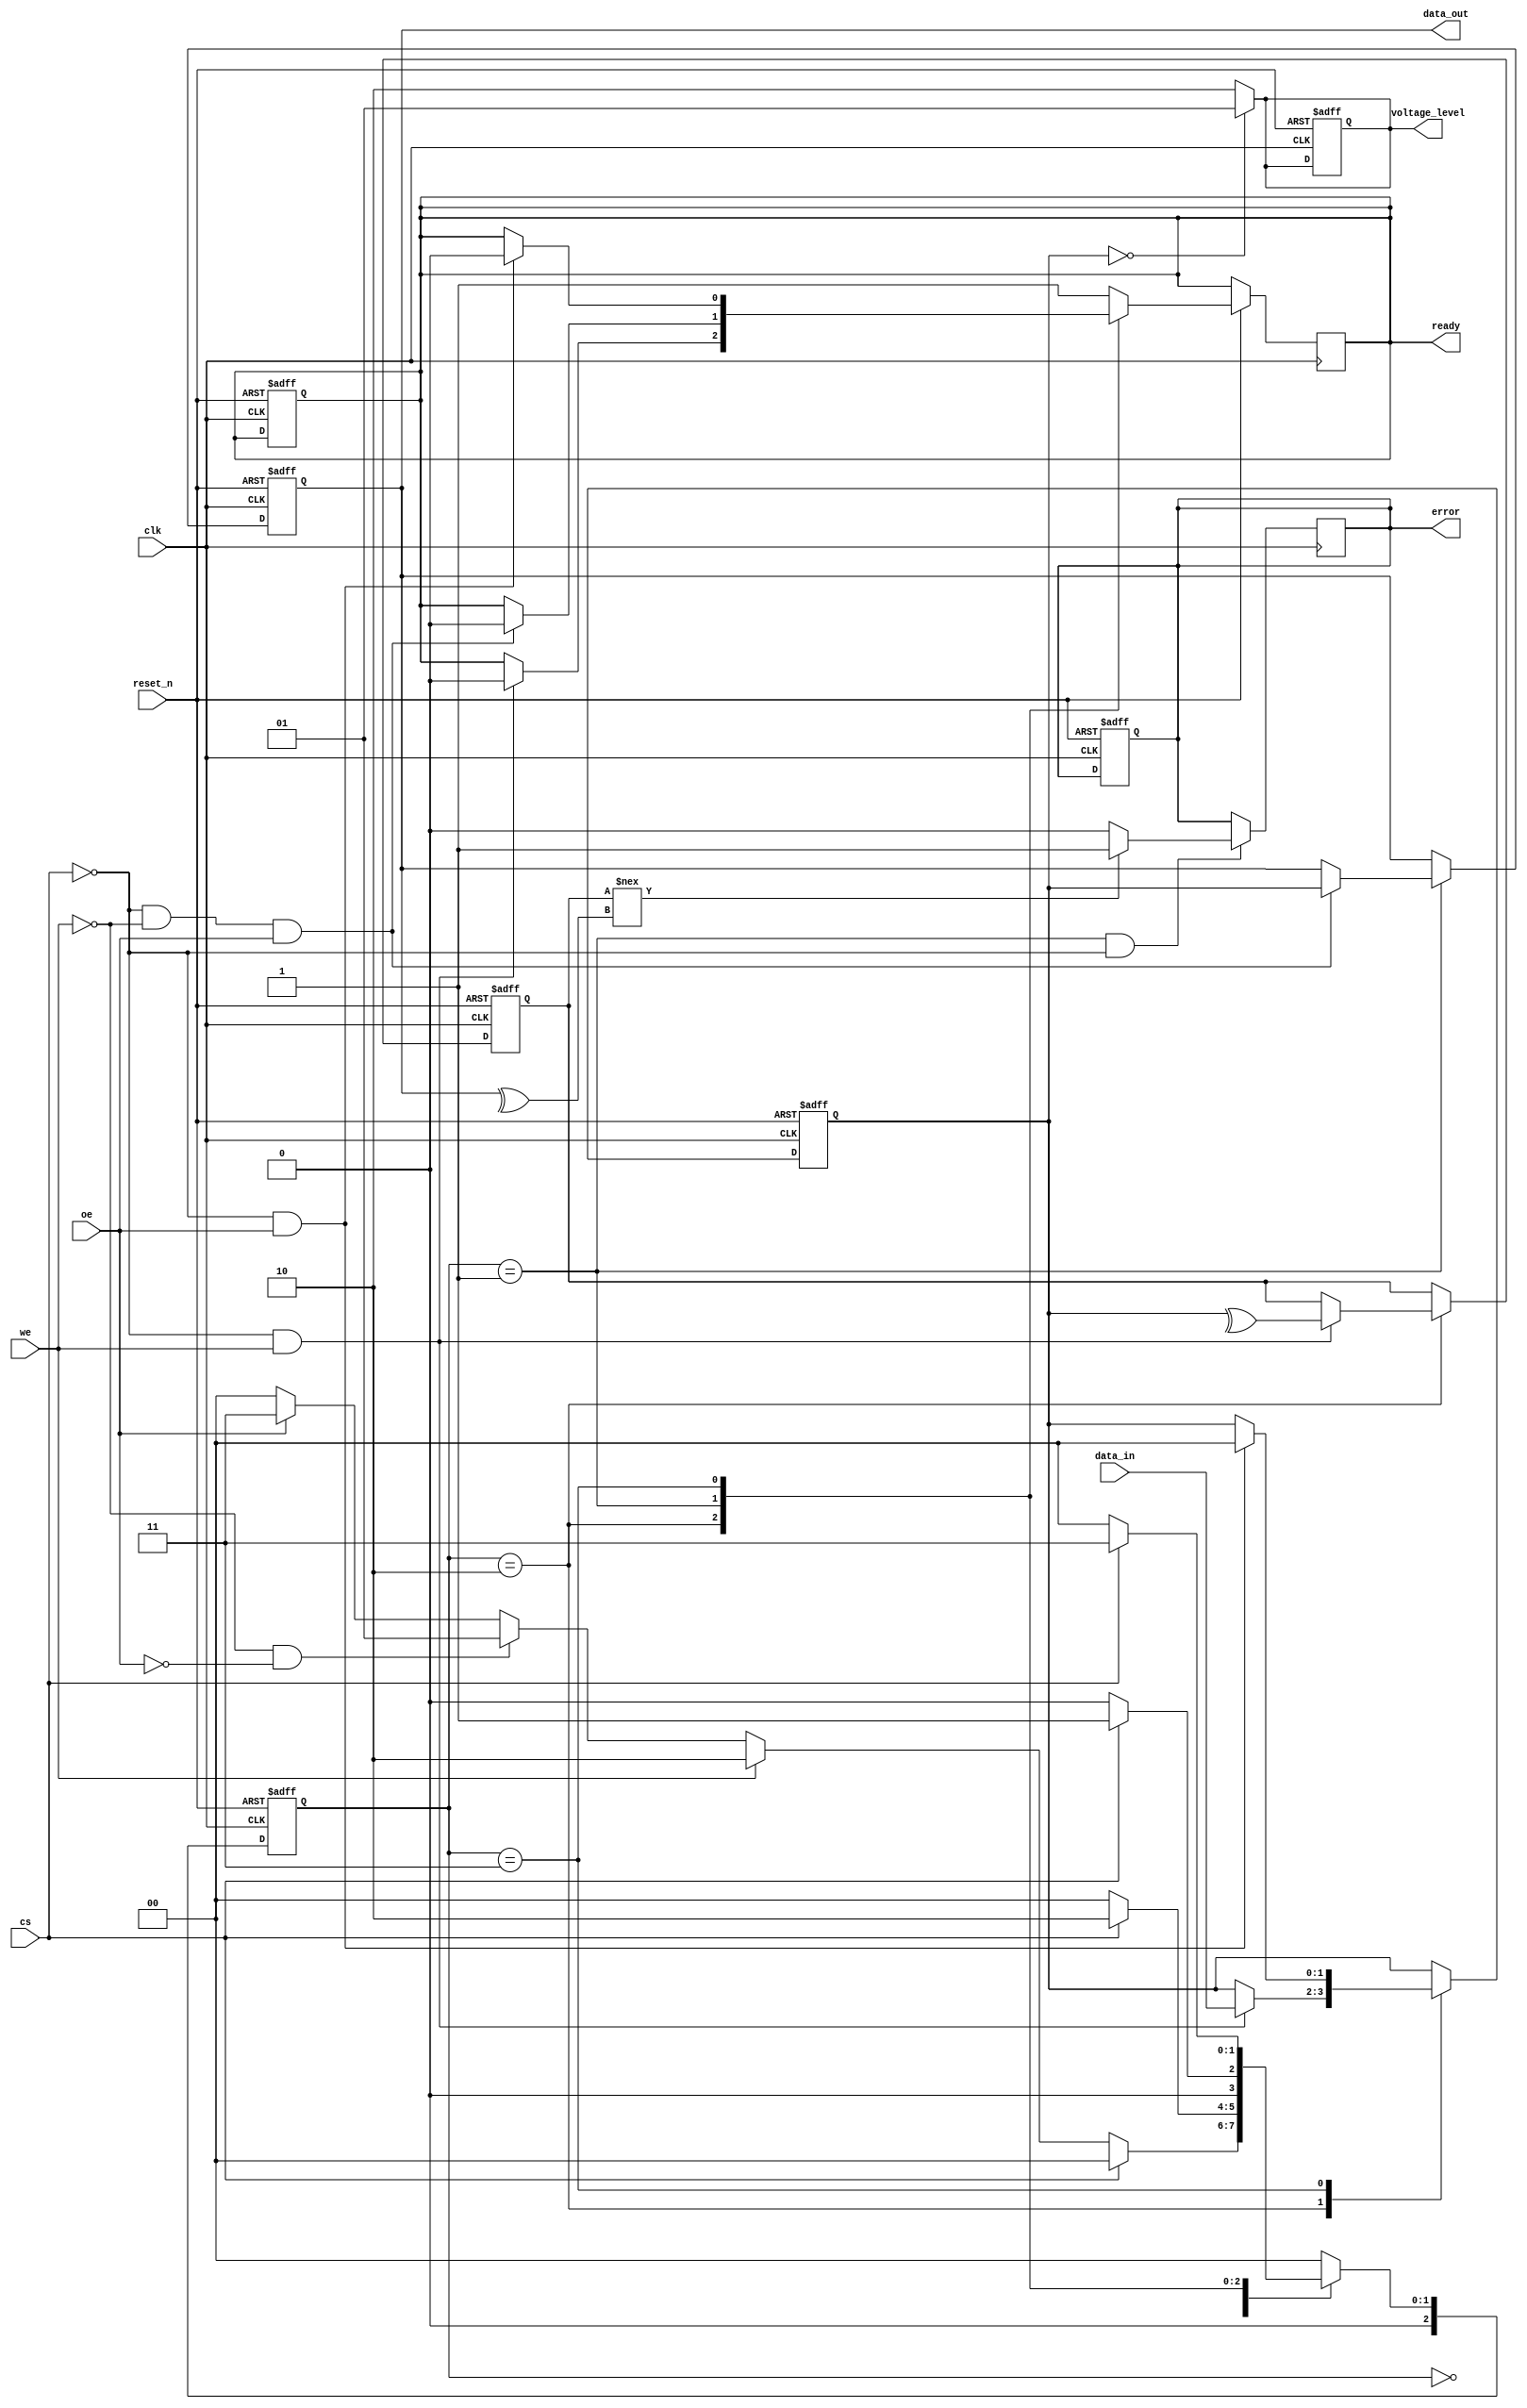
module dlc_eeprom_io (
    input wire clk,                  // System clock
    input wire reset_n,              // Active low reset
    input wire cs,                   // Chip Select
    input wire we,                   // Write Enable
    input wire oe,                   // Output Enable
    input wire [1:0] data_in,       // Data Input (2 levels)
    output reg [1:0] data_out,       // Data Output (2 levels)
    output reg ready,                // Ready signal for the operation
    output reg error,                // Error signal for data integrity
    output reg [1:0] voltage_level   // Voltage level output for shifting
);

    reg [2:0] state;                 // FSM state
    reg [2:0] next_state;            // Next state
    reg [1:0] data_buffer;           // Buffer for data
    reg parity_bit;                  // Parity bit for error detection

    localparam IDLE = 3'b000,
               READ = 3'b001,
               WRITE = 3'b010,
               ERASE = 3'b011;

    // FSM for controlling operations
    always @(posedge clk or negedge reset_n) begin
        if (!reset_n) begin
            state <= IDLE;
            ready <= 1'b1;
            error <= 1'b0;
        end else begin
            state <= next_state;
        end
    end

    // Next state logic
    always @(*) begin
        case (state)
            IDLE: begin
                if (!cs) begin
                    if (we) next_state = WRITE;
                    else if (!we && !oe) next_state = READ;
                    else if (oe) next_state = ERASE;
                    else next_state = IDLE;
                end else begin
                    next_state = IDLE;
                end
            end
            WRITE: begin
                if (!cs) next_state = IDLE; // Write operation done
                else next_state = WRITE;
            end
            READ: begin
                if (!cs) next_state = IDLE; // Read operation done
                else next_state = READ;
            end
            ERASE: begin
                if (!cs) next_state = IDLE; // Erase operation done
                else next_state = ERASE;
            end
            default: next_state = IDLE;
        endcase
    end

    // Data handling
    always @(posedge clk or negedge reset_n) begin
        if (!reset_n) begin
            data_out <= 2'b00;
            data_buffer <= 2'b00;
            voltage_level <= 2'b00; // Default voltage level
            parity_bit <= 1'b0;
        end else begin
            case (state)
                WRITE: begin
                    if (!cs && we) begin
                        data_buffer <= data_in; // Store input data
                        // Perform parity check (simple even parity)
                        parity_bit <= ^data_buffer;
                        ready <= 1'b0; // Not ready until write operation completes
                    end
                end
                READ: begin
                    if (!cs && !we && oe) begin
                        data_out <= data_buffer; // Output the buffered data
                        ready <= 1'b0; // Indicate the block is busy
                    end
                end
                ERASE: begin
                    if (!cs && oe) begin
                        data_buffer <= 2'b00; // Erase operation
                        ready <= 1'b0; // Indicate the block is busy
                    end
                end
                default: begin
                    ready <= 1'b1; // Ready for the next operation
                end
            endcase
        end
    end

    // Voltage level shifting (example; implementation may vary)
    always @(*) begin
        if (data_buffer == 2'b00) voltage_level = 2'b01; // Level 1
        else voltage_level = 2'b10; // Level 2
    end

    // Error detection (e.g., checking parity)
    always @(posedge clk) begin
        if (state == READ && !cs) begin
            if (parity_bit !== ^data_out) begin
                error <= 1'b1; // Error detected
            end else begin
                error <= 1'b0; // No error
            end
        end
    end

endmodule